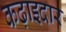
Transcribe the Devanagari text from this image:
कढ़ाइदार